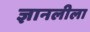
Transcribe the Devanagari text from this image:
ज्ञानलीला